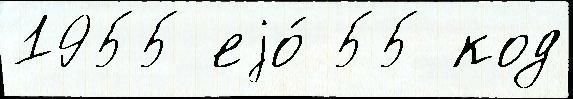
1955 еjо́ 55 код